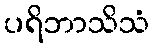
ပရိဘာသိသံ